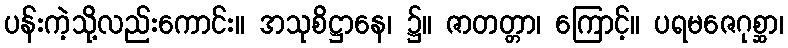
ပန်းကဲ့သို့လည်းကောင်း။ အသုစိဋ္ဌာနေ၊ ၌။ ဇာတတ္တာ၊ ကြောင့်။ ပရမဇေဂုစ္ဆာ၊